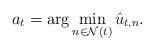
LaTeX: \begin{align*} a_t=\arg\min_{n \in \mathcal{N}(t)} \hat{u}_{t,n}.\end{align*}